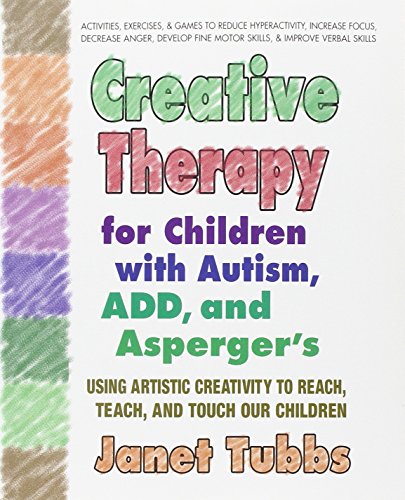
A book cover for Creative Therapy for Children with Autism, ADD, and Asperger's: Using Artistic Creativity to Reach, Teach, and Touch Our Children; Janet Tubbs; Health, Fitness & Dieting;